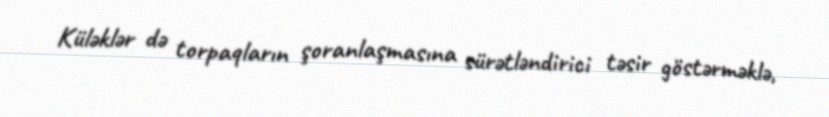
Küləklər də torpaqların şoranlaşmasına sürətləndirici təsir göstərməklə,